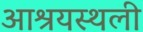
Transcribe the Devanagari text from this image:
आश्रयस्थली